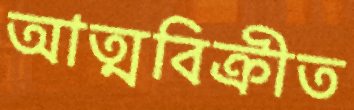
আত্মবিক্রীত